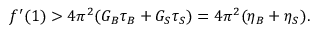
f ^ { \prime } ( 1 ) > 4 \pi ^ { 2 } ( G _ { B } \tau _ { B } + G _ { S } \tau _ { S } ) = 4 \pi ^ { 2 } ( \eta _ { B } + \eta _ { S } ) .